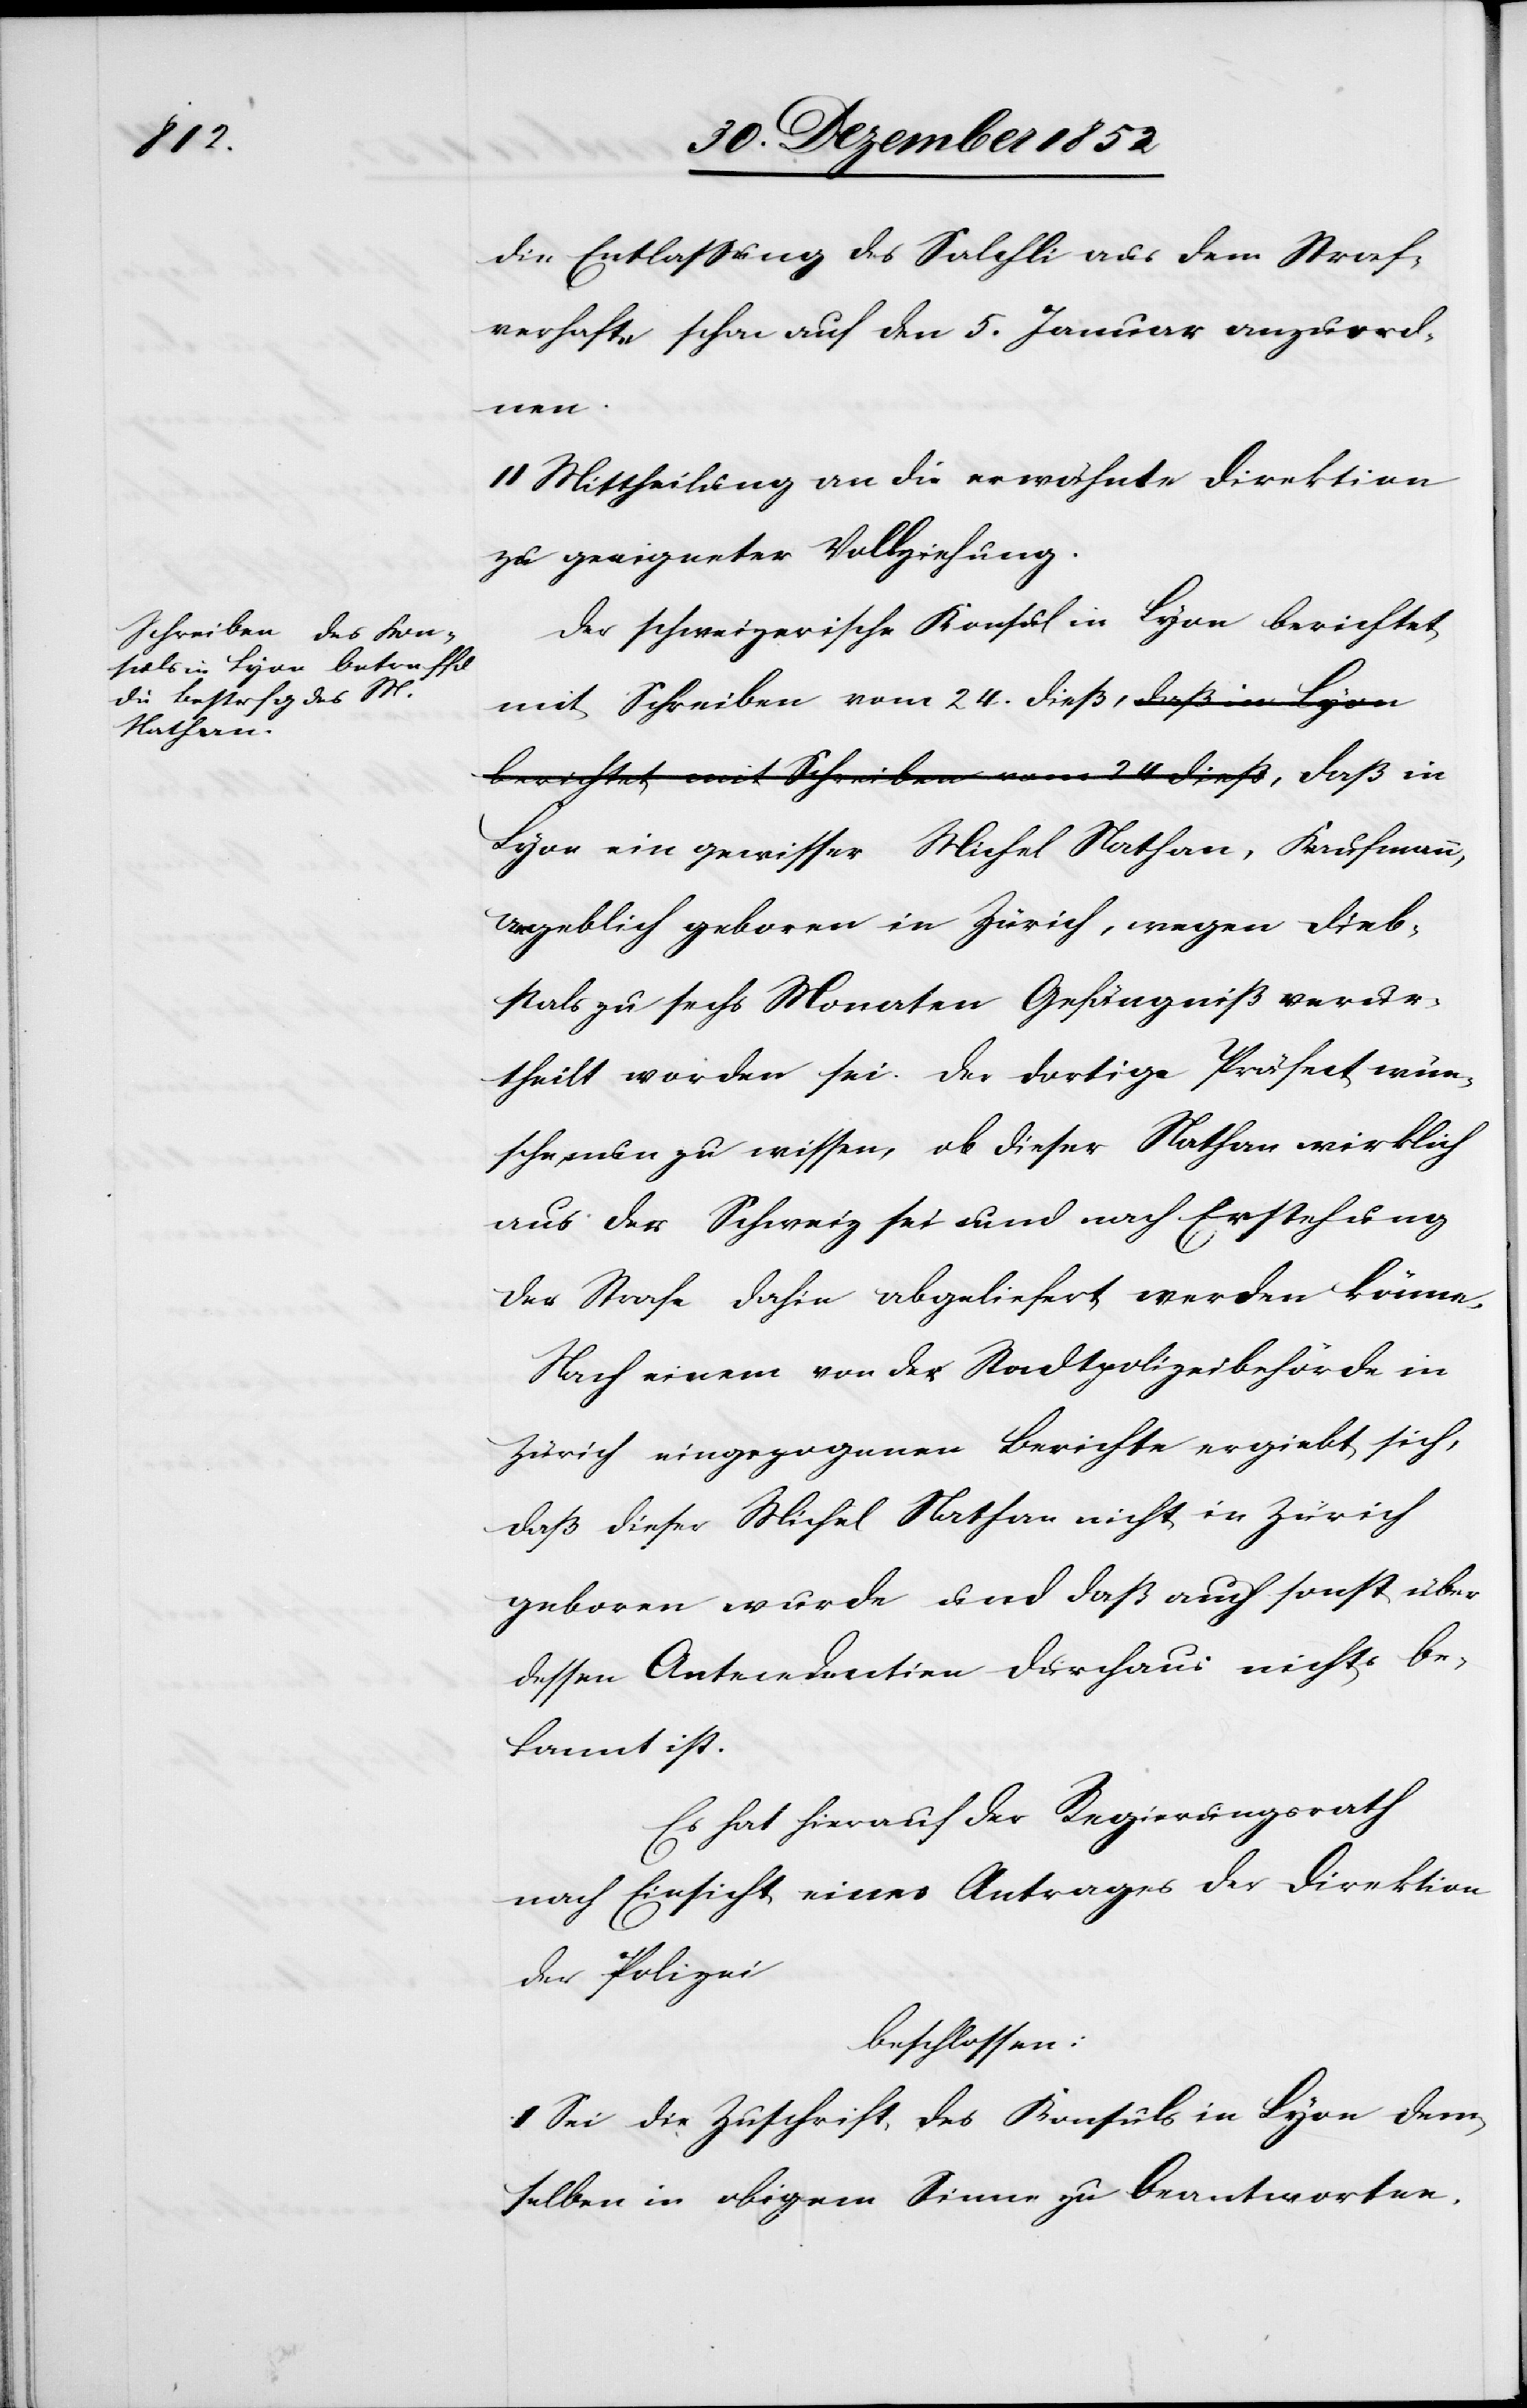
die Entlassung des Salchli aus dem Straf¬
verhafte schon auf den 5. Januar anzuord¬
nen.
II Mittheilung an die erwähnte Direktion
zu geeigneter Vollziehung.
Der schweizerische Konsul in Lyon berichtet
mit Schreiben vom 24. dieß, daß in
Lyon ein gewisser Michel Nathan, Kaufmann,
angeblich geboren in Zürich, wegen Dieb¬
stals zu sechs Monaten Gefängniß verur¬
theilt worden sei. Der dortige Präfect wün¬
sche nun zu wissen, ob dieser Nathan wirklich
aus der Schweiz sei und nach Erstehung
der Strafe dahin abgeliefert werden könne.
Nach einem von der Stadtpolizeibehörde in
Zürich eingezogenen Berichte ergiebt sich,
daß dieser Michel Nathan nicht in Zürich
geboren wurde und daß auch sonst über
dessen Antecedentien durchaus nichts be¬
kannt ist.
Es hat hierauf der Regierungsrath
nach Einsicht eines Antrages der Direktion
der Polizei
beschlossen:
I Sei die Zuschrift des Konsuls in Lyon dem¬
selben in obigem Sinne zu beantworten.